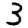
Digit: 3